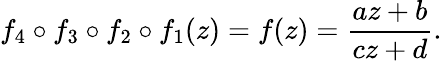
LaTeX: f_{4}\circ f_{3}\circ f_{2}\circ f_{1}(z)=f(z)={\frac{az+b}{cz+d}}.